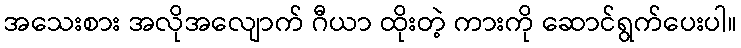
အသေးစား အလိုအလျောက် ဂီယာ ထိုးတဲ့ ကားကို ဆောင်ရွက်ပေးပါ။